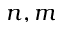
n , m